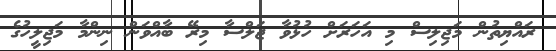
ރައްޔިތުން މަޖިލިސް މި އަހަރަށް ހުޅުވާ ޖަލްސާ މިރޭ ބާއްވަން ނިންމާ މަޖިލީހުގެ